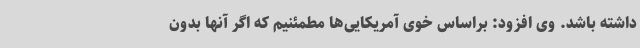
داشته باشد. وی افزود: براساس خوی آمریکایی‌ها مطمئنیم که اگر آنها بدون